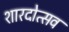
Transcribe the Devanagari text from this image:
शारदोत्सव